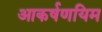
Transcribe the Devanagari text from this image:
आकर्षणयिम